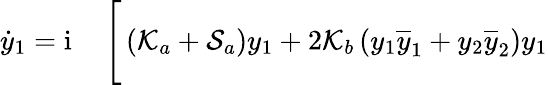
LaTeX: \begin{array}{rl}{\dot{y}_{1}=\mathrm{i}\, }&{{}\Bigg[\left(\mathcal{K}_{a}+\mathcal{S}_{a}\right)y_{1}+2\mathcal{K}_{b}\left(y_{1}\overline{{y}}_{1}+y_{2}\overline{{y}}_{2}\right)y_{1}}\end{array}